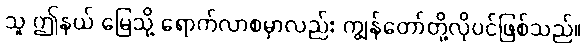
သူ ဤနယ် မြေသို့ ရောက်လာစမှာလည်း ကျွန်တော်တို့လိုပင်ဖြစ်သည်။